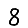
Digit: 8